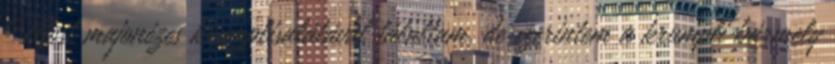
Most majonézes krumplisalátával tálaltam, de szerintem a krumpli bármely